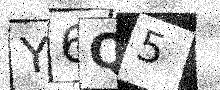
Text: Y6Q5